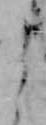
よ